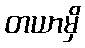
တယာမှိ